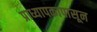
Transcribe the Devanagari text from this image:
प्राध्यापकापासून